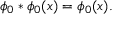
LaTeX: \phi _ { 0 } * \phi _ { 0 } ( x ) = \phi _ { 0 } ( x ) .